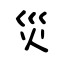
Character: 災